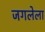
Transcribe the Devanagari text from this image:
जगलेला